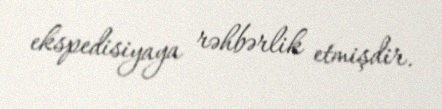
ekspedisiyaya rəhbərlik etmişdir.